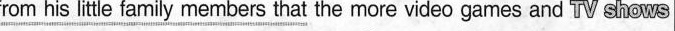
from his little family members that} the more video games and TV shows